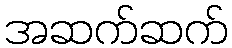
အဆက်ဆက်